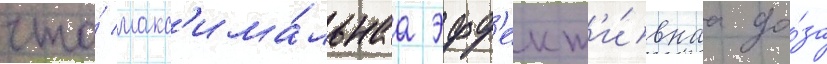
что́ макс'има́льнаа эфф'ект'и́внаа до́за